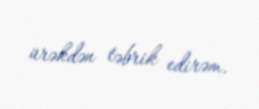
ürəkdən təbrik edirəm.